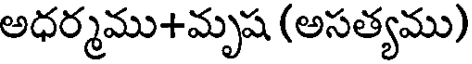
అధర్మము+మృష (అసత్యము)